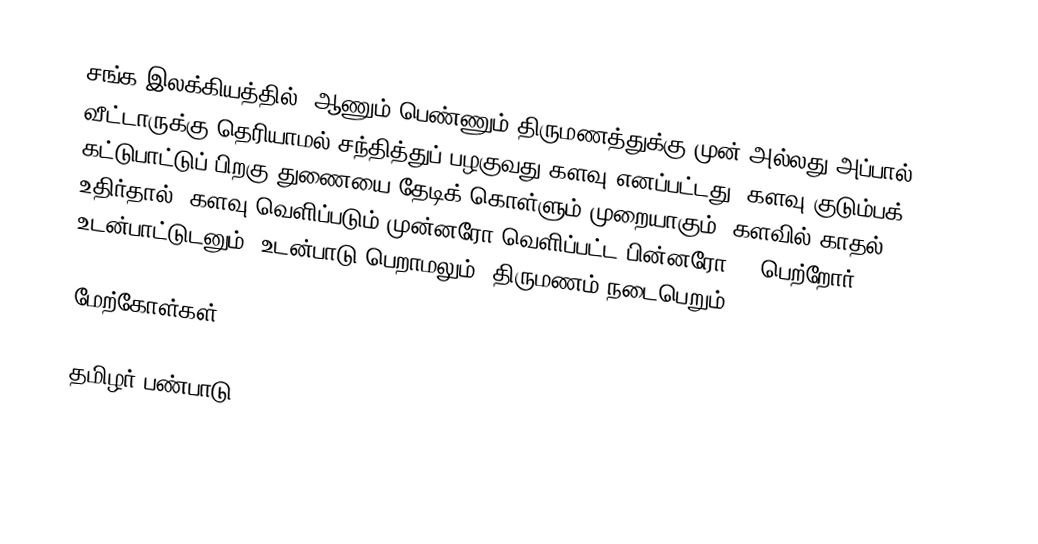
சங்க இலக்கியத்தில், ஆணும் பெண்ணும் திருமணத்துக்கு முன் அல்லது அப்பால் வீட்டாருக்கு தெரியாமல் சந்தித்துப் பழகுவது களவு எனப்பட்டது.  களவு குடும்பக் கட்டுபாட்டுப் பிறகு துணையை தேடிக் கொள்ளும் முறையாகும்.  களவில் காதல் உதிர்தால் "களவு வெளிப்படும் முன்னரோ வெளிப்பட்ட பின்னரோ", "பெற்றோர் உடன்பாட்டுடனும், உடன்பாடு பெறாமலும்" திருமணம் நடைபெறும்.

மேற்கோள்கள்

தமிழர் பண்பாடு